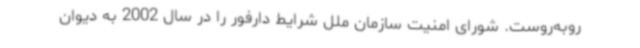
روبه‌روست. شورای امنیت سازمان ملل شرایط دارفور را در سال 2002 به دیوان